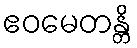
ဧဝမေတန္တိ